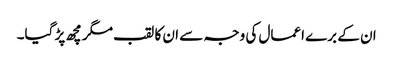
ان کے برے اعمال کی وجہ سے ان کا لقب مگرمچھ پڑ گیا۔